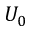
U _ { 0 }